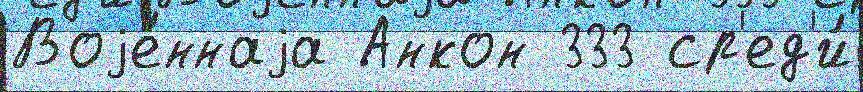
Воjе́ннаjа Анкон 333 ср'ед'и́